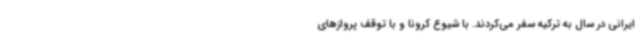
ایرانی در سال به ترکیه سفر می‌کردند. با شیوع کرونا و با توقف پروازهای